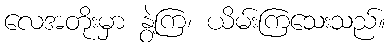
လေအတိုးမှာ နွဲ့ကြ၊ ယိမ်းကြသေးသည်။